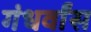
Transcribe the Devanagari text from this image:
गंधर्वांस